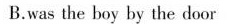
B.was the boy by the door